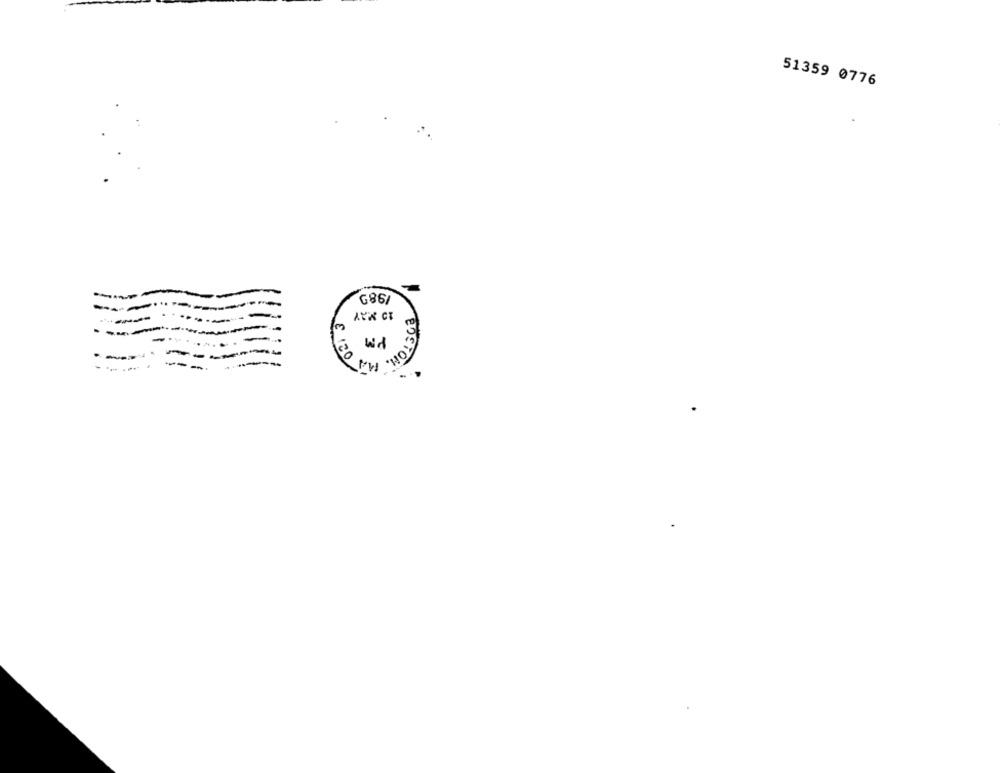
51359 0776
1983
AUX CT
Wd
-
120
BOSTON